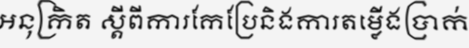
អនុក្រិត ស្តីពីការកែប្រែនិងការតម្លើងប្រាក់